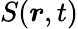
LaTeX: S(\boldsymbol r,t)